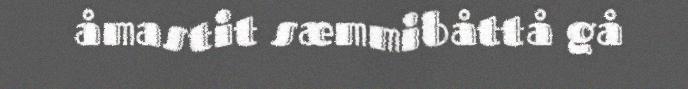
åmastit sæmmibåttå gå